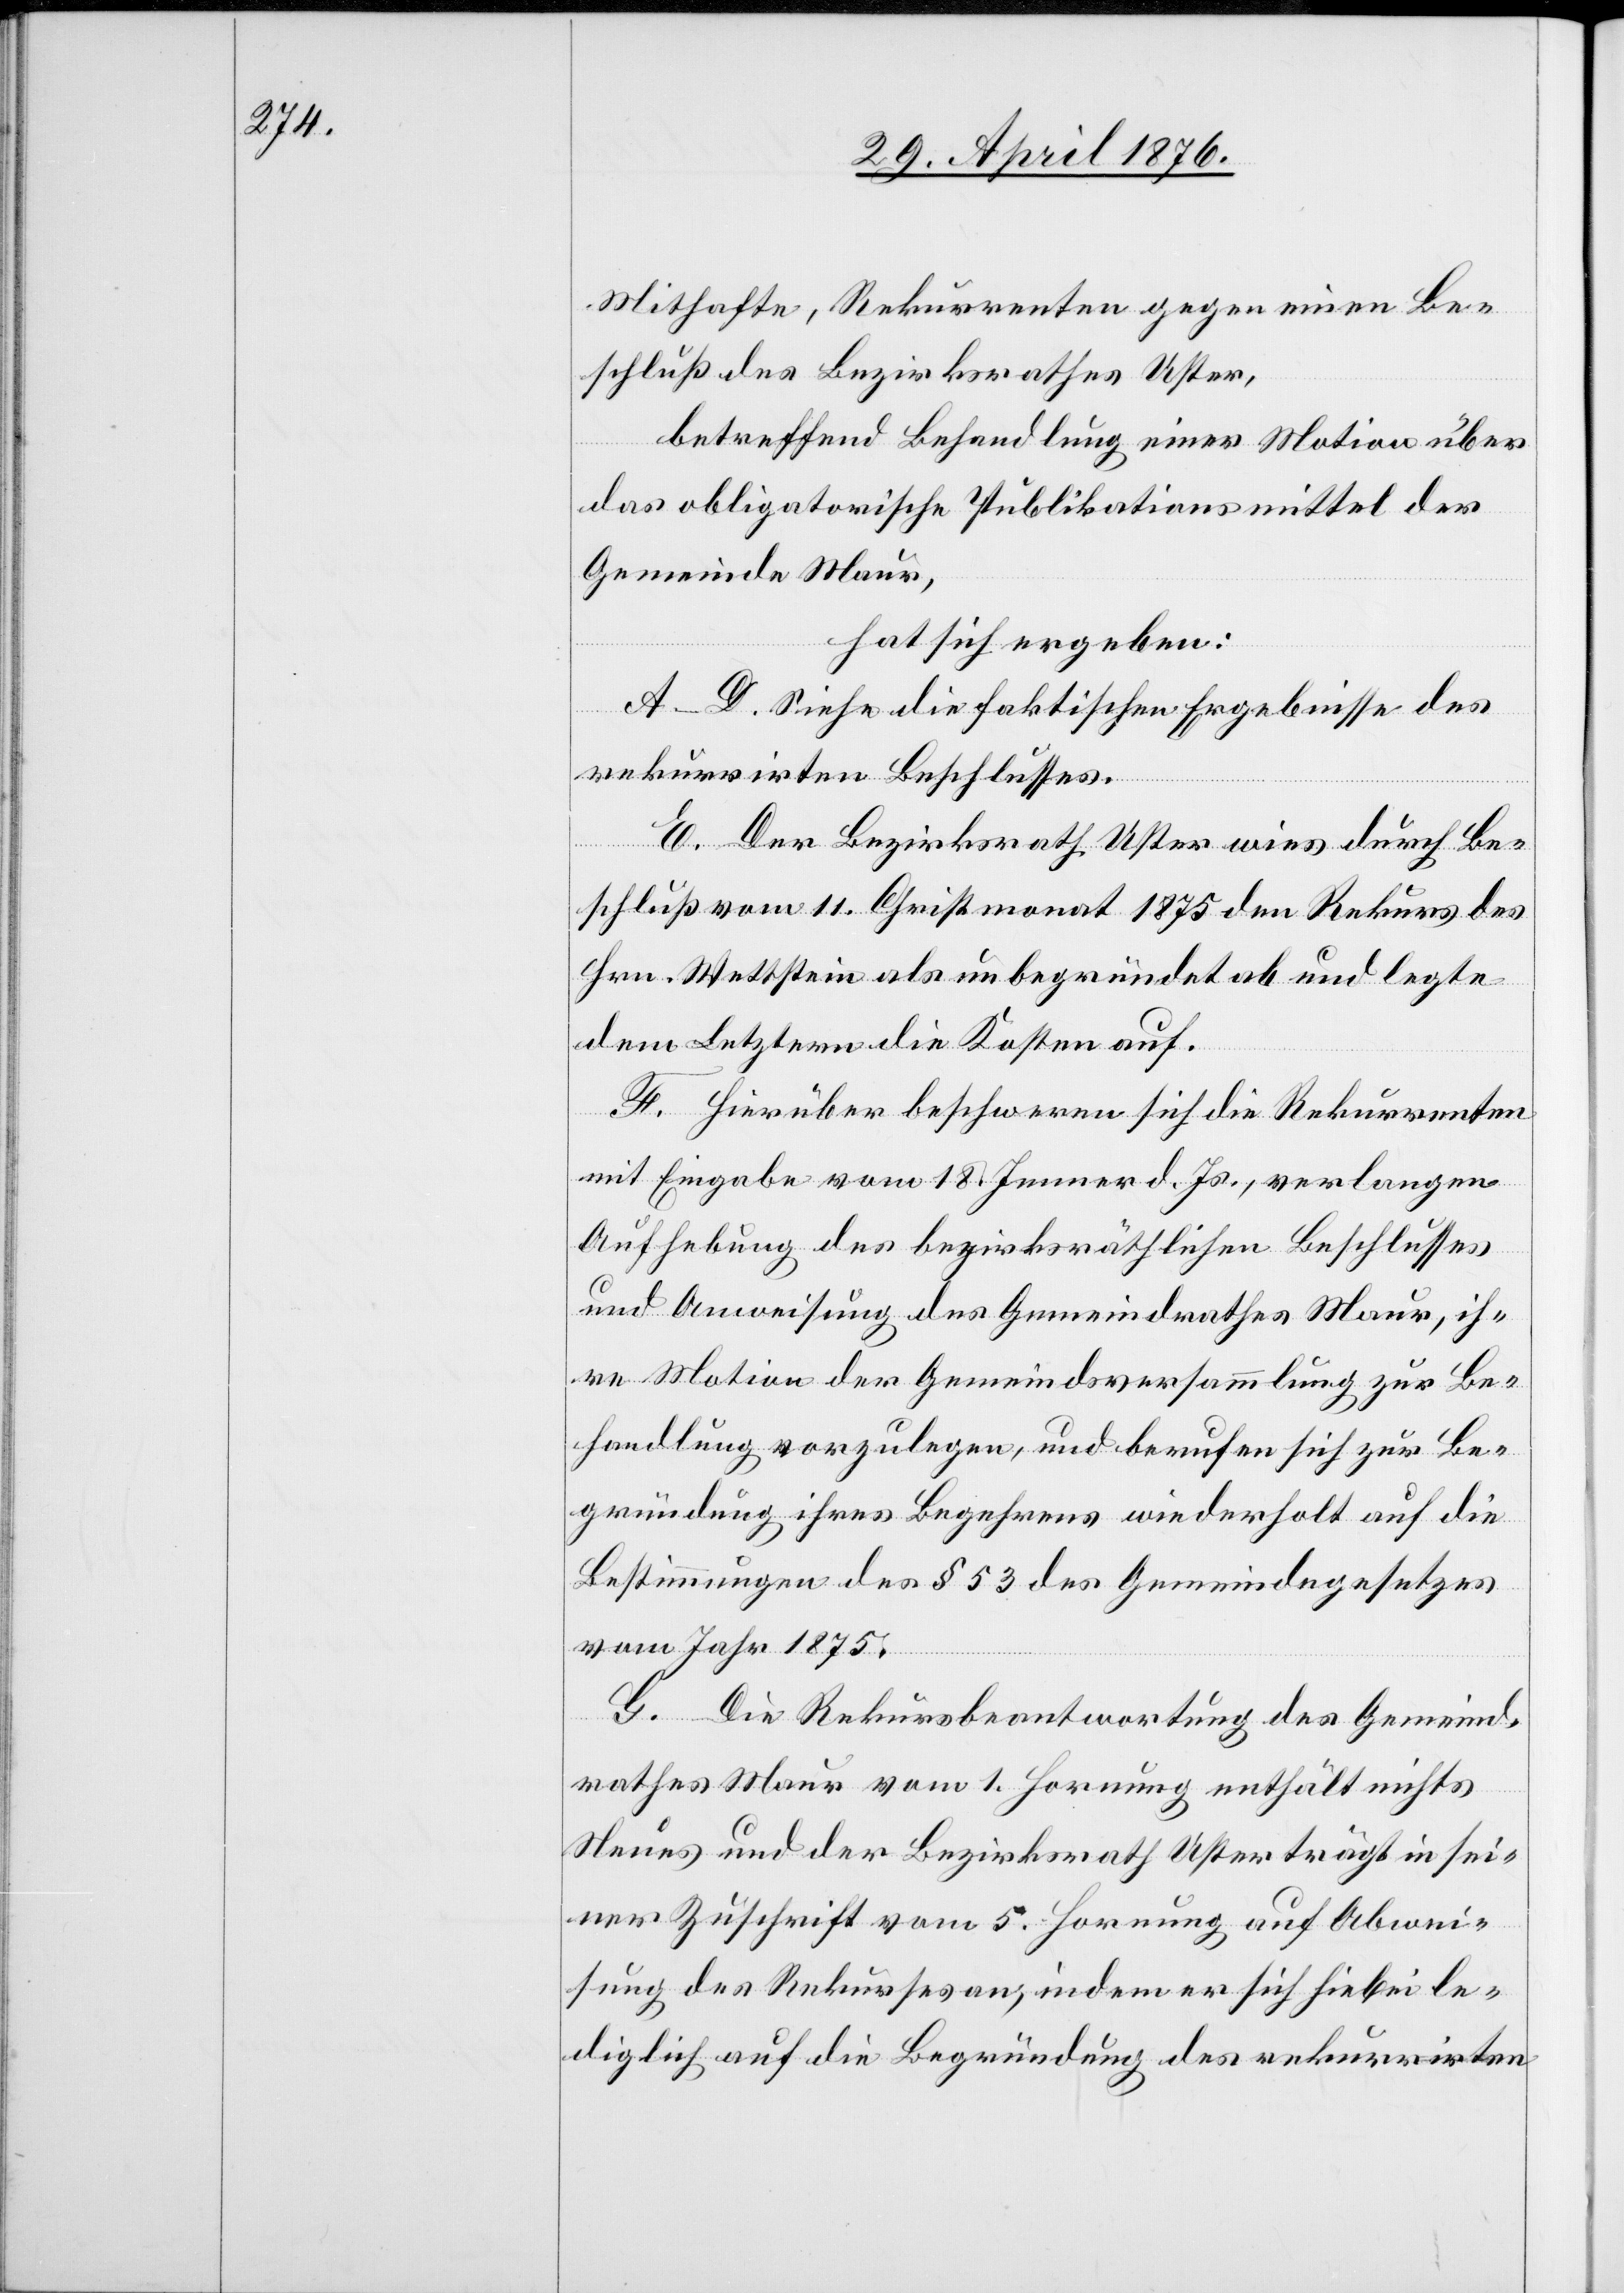
Mithafte, Rekurrenten gegen einen Be¬
schluß des Bezirksrathes Uster,
betreffend Behandlung einer Motion über
das obligatorische Publikationsmittel der
Gemeinde Maur,
hat sich ergeben:
A–D. siehe die faktischen Ergebnisse des
rekurrirten Beschlusses.
E. Der Bezirksrath Uster wies durch Be¬
schluß vom 11. Christmonat 1875 den Rekurs des
Hrn. Wettstein als unbegründet ab und legte
dem Letztern die Kosten auf.
F. Hierüber beschweren sich die Rekurrenten
mit Eingabe vom 18. Jenner d. Js., verlangen
Aufhebung des bezirksräthlichen Beschlusses
und Anweisung des Gemeindrathes Maur, ih¬
re Motion der Gemeindsversammlung zur Be¬
handlung vorzulegen, und berufen sich zur Be¬
gründung ihres Begehrens wiederholt auf die
Bestimmungen des § 53 des Gemeindegesetzes
vom Jahr 1875.
G. Die Rekursbeantwortung des Gemeind¬
rathes Maur vom 1. Hornung enthält nichts
Neues und der Bezirksrath Uster trägt in sei¬
ner Zuschrift vom 5. Hornung auf Abwei¬
sung des Rekurses an, indem er sich hiebei le¬
diglich auf die Begründung des rekurrirten